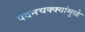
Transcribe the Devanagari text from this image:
पवनचक्‍क्‍यांमुळे